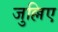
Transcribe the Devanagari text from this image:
जुल्लिए